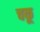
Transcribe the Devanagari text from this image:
चकू